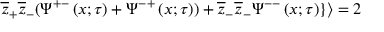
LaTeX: \overline { { { z } } } _ { + } \overline { { { z } } } _ { - } ( \Psi ^ { + - } \left( x ; \tau \right) + \Psi ^ { - + } \left( x ; \tau \right) ) + \overline { { { z } } } _ { - } \overline { { { z } } } _ { - } \Psi ^ { -- } \left( x ; \tau \right) \} \rangle = 2